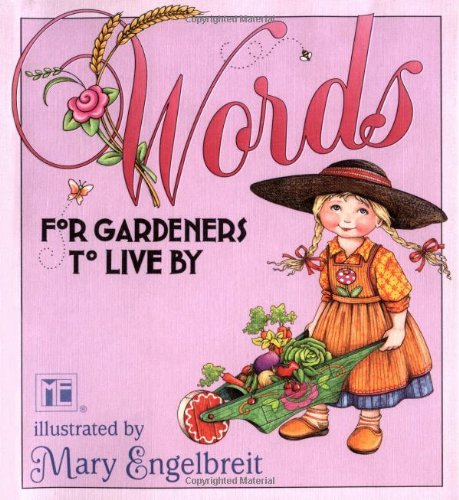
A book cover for Words For Gardeners; Mary Engelbreit; Crafts, Hobbies & Home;